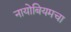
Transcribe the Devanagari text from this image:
नायोबियमचा